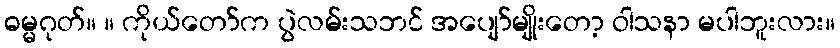
ဓမ္မဂုတ်။ ။ ကိုယ်တော်က ပွဲလမ်းသဘင် အပျော်မျိုးတော့ ဝါသနာ မပါဘူးလား။